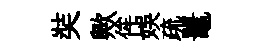
奘歟侔娱疏鼉